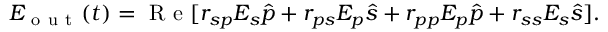
E _ { \mathrm { ~ o ~ u ~ t ~ } } ( t ) = \mathrm { ~ R ~ e ~ } [ r _ { s p } E _ { s } \hat { p } + r _ { p s } E _ { p } \hat { s } + r _ { p p } E _ { p } \hat { p } + r _ { s s } E _ { s } \hat { s } ] .